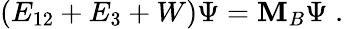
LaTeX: (E_{12}+E_{3}+W)\Psi=\mathbf{M}_{B}\Psi\; .